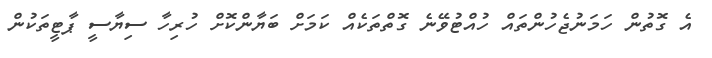
އެ ގޮތުން ހަމަނުޖެހުންތައް ހުއްޓުވޭނެ ގޮތްތަކެއް ކަމަށް ބަޔާންކޮށް ހުރިހާ ސިޔާސީ ޕާޓީތަކުން